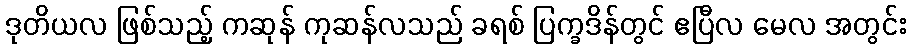
ဒုတိယလ ဖြစ်သည့် ကဆုန် ကုဆန်လသည် ခရစ် ပြက္ခဒိန်တွင် ဧပြီလ မေလ အတွင်း